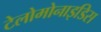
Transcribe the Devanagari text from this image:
टेलोमोनाइडिस